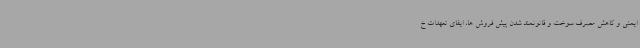
ایمنی و کاهش مصرف سوخت و قانونمند شدن پیش فروش ها، ایفای تعهدات خ